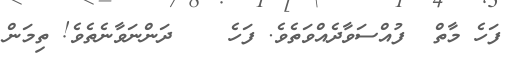
ފަހެ މާތް  ފުއްސަވާދެއްވަތެވެ. ފަހެ    ދަންނަވާނެތެވެ! ތިމަން